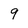
Character: 9